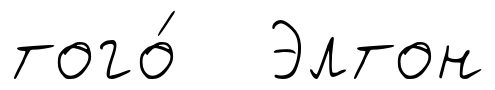
того́ Элтон